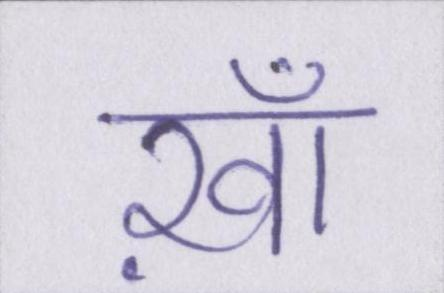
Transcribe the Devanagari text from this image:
ख़ाँ